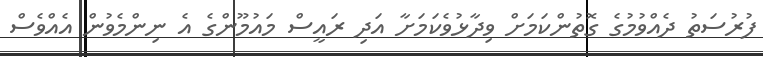
ފުރުސަތު ދެއްވުމުގެ ގޮތުންކަމަށް ވިދާޅުވެކަމަށާ އަދި ރައީސް މައުމޫންގެ އެ ނިންމެވުން އެއްވެސް